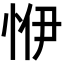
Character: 𢙬